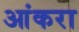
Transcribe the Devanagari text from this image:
आंकरा